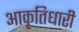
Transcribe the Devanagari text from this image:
आकृतिधारी